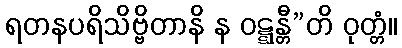
ရတနပရိသိဗ္ဗိတာနိ န ဝဋ္ဋန္တီ”တိ ဝုတ္တံ။